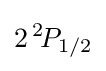
2\,^{2}\!P_{1/2}